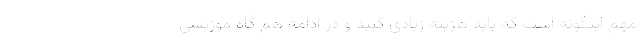
مهم اینگونه است که باید هزینه زیادی کنید و در ادامه هم گاه موزیسی